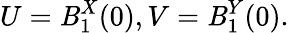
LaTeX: U=\mathit{B}_{1}^{X}(0),V=\mathit{B}_{1}^{Y}(0).